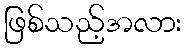
ဖြစ်သည့်အလား